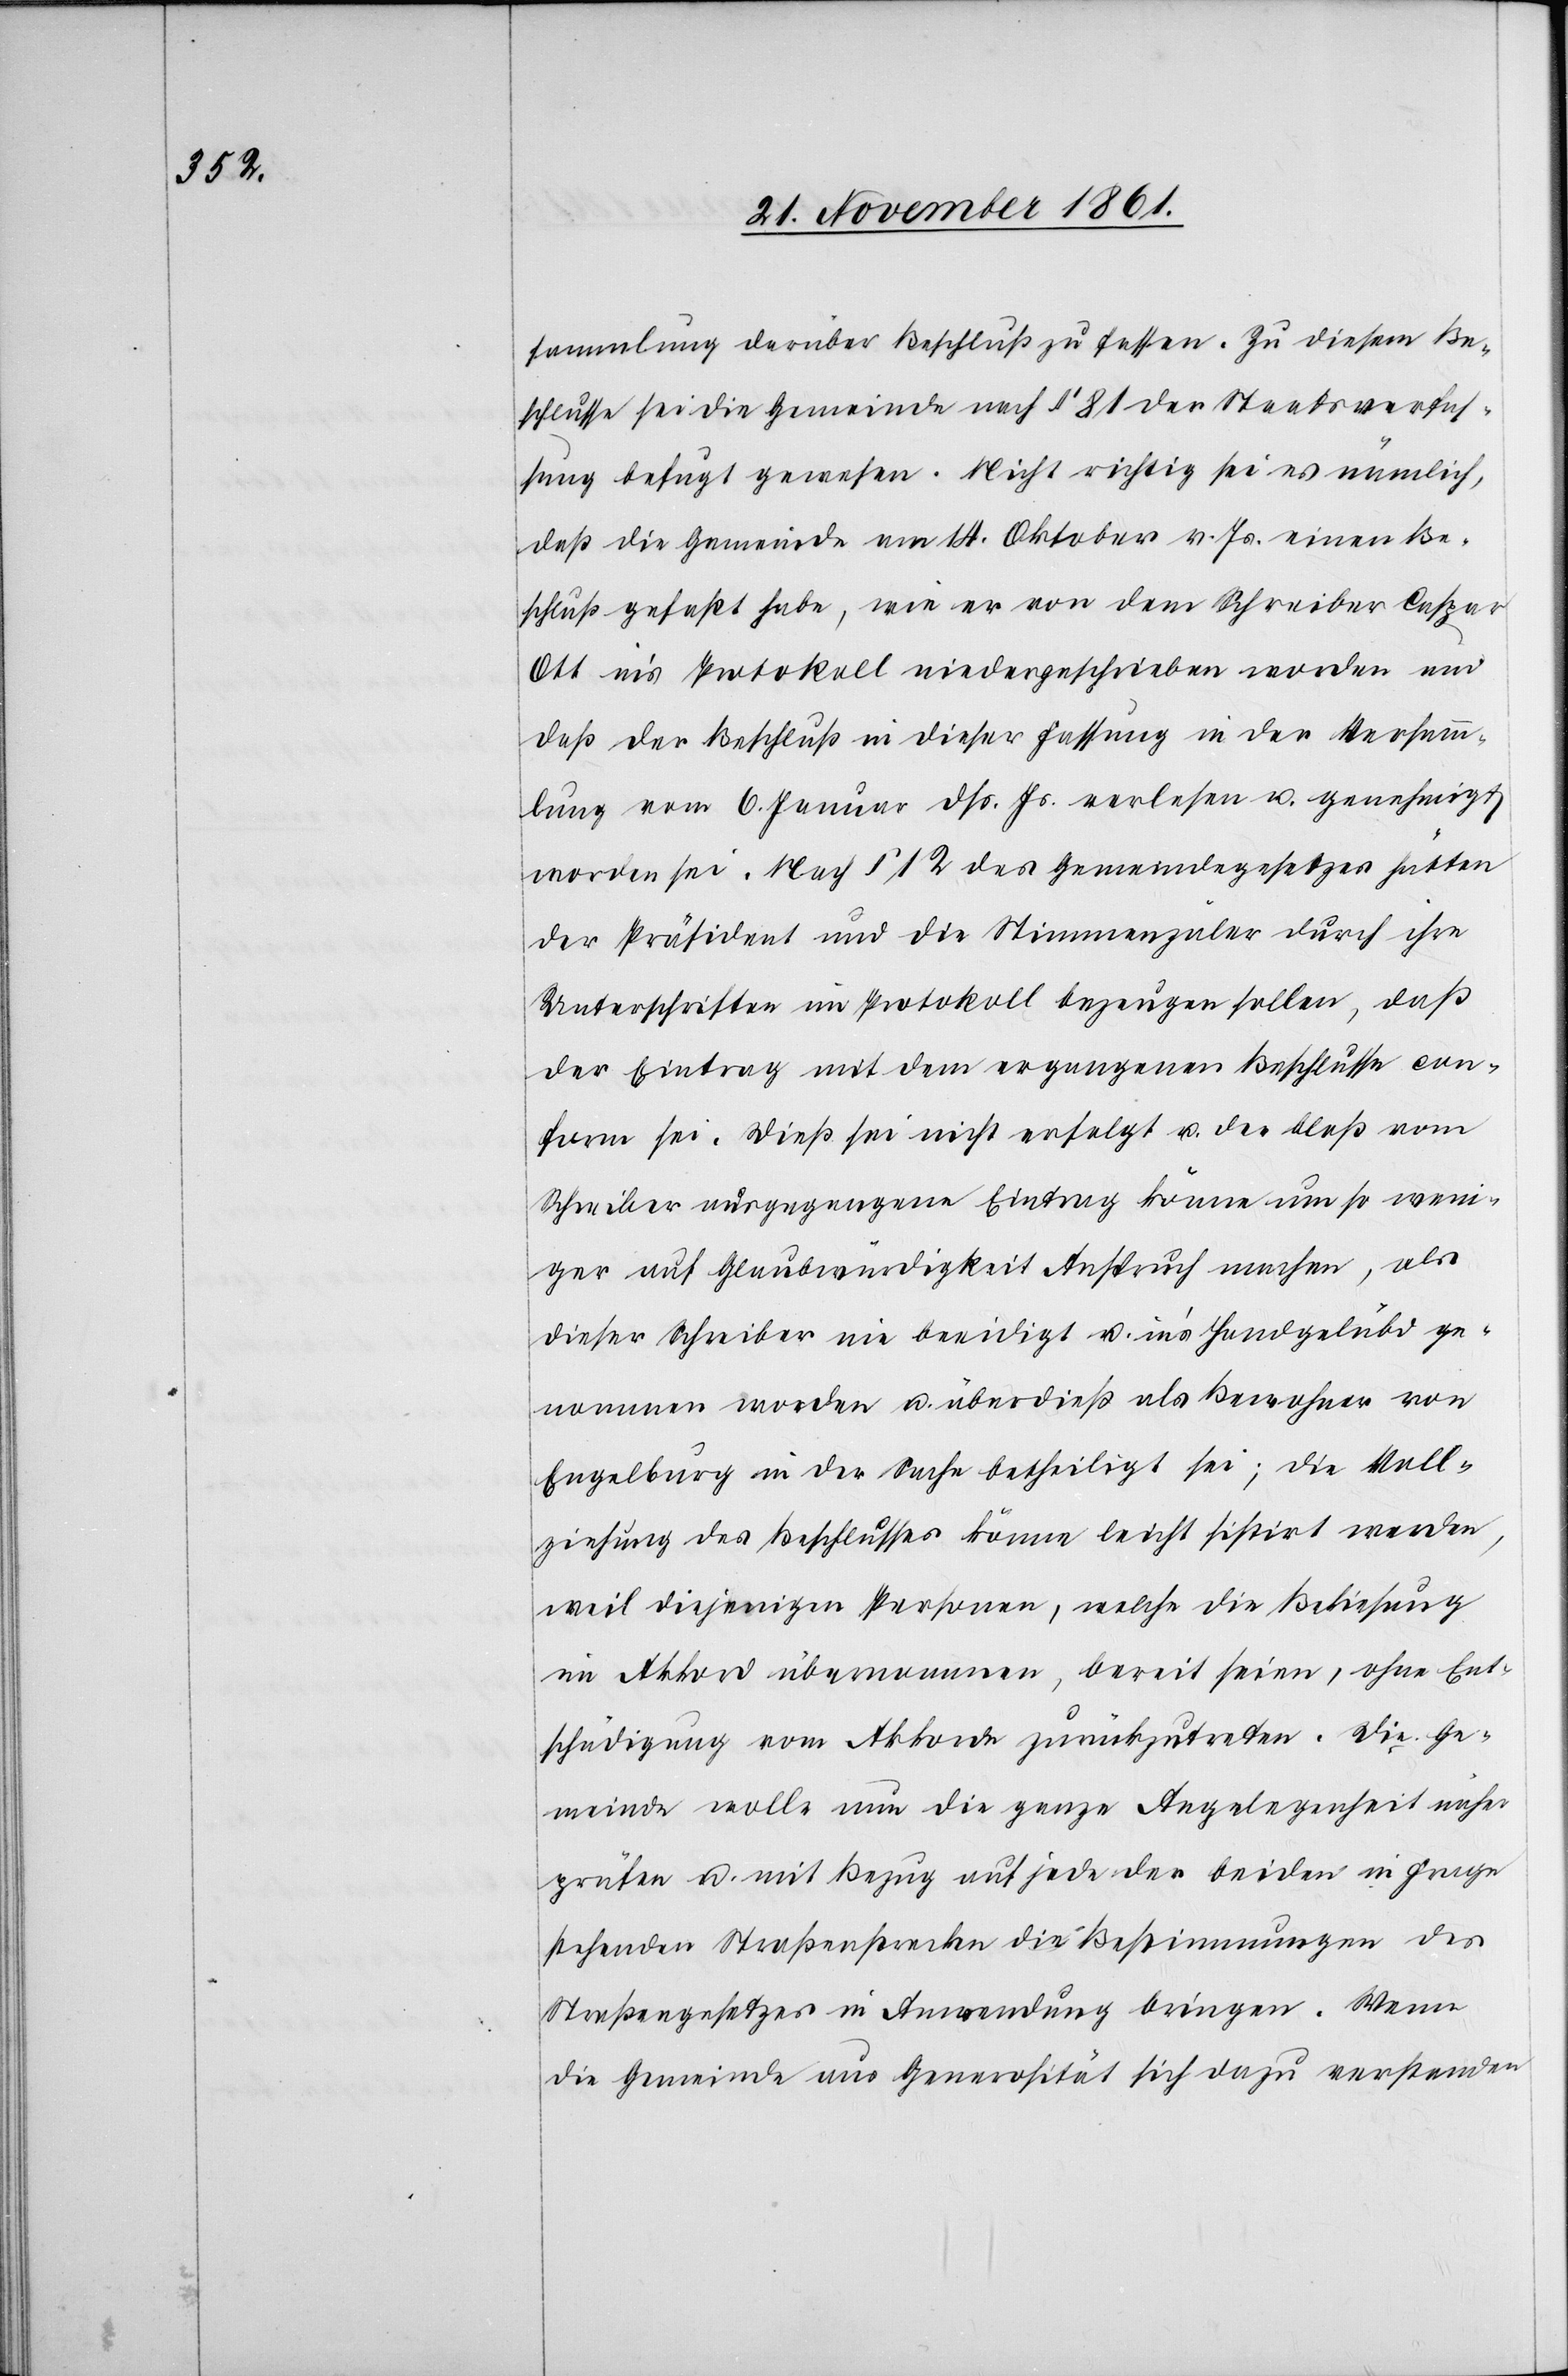
sammlung darüber Beschluß zu fassen. Zu diesem Be¬
schlusse sei die Gemeinde nach § 81 der Staatsverfas¬
sung befugt gewesen. Nicht richtig sei es nämlich,
daß die Gemeinde am 14 Okt. v. Js. einen Be¬
schluß gefaßt habe, wie er von dem Schreiber Caspar
Ott in’s Protokoll niedergeschrieben worden und
daß der Beschluß in dieser Fassung in der Versamm¬
lung vom 6 Januar dß. Js. verlesen u. genehmigt
worden sei. Nach § 12 des Gemeindegesetzes hätten
der Präsident und die Stimmenzäler durch ihre
Unterschriften im Protokoll bezeugen sollen, daß
der Eintrag mit dem ergangenen Beschlusse con¬
form sei. Dieß sei nicht erfolgt u. der bloß vom
Schreiber ausgegangene Eintrag könne um so weni¬
ger auf Glaubwürdigkeit Anspruch machen, als
dieser Schreiber nie beeidigt u. in’s Handgelübd ge¬
nommen worden u. überdieß als Bewohner von
Engelberg in der Sache betheiligt sei; die Voll¬
ziehung des Beschlusses könne leicht sistirt werden,
weil diejenigen Personen, welche die Bekiesung
im Akkord übernommen, bereit seien, ohne Ent¬
schädigung vom Akkorde zurückzutreten. Die Ge¬
meinde wolle nun die ganze Angelegenheit näher
prüfen u. mit Bezug auf jede der beiden in Frage
stehenden Straßenstrecken die Bestimmungen des
Straßengesetzes in Anwendung bringen. Wenn
die Gemeinde aus Generosität sich dazu verstanden